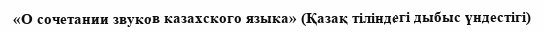
«О сочетании звуков казахского языка» (Қазақ тiлiндегi дыбыс үндестiгi)